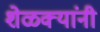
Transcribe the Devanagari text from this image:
शेळक्यांनी